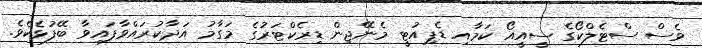
ވެސް ސްޓެލްކޯގެ ސީއީއޯ ކަމާއި ޑެޕިއުޓީ މެނޭޖިން ޑިރެކްޓަރުގެ މަގާމު އަދާކުރައްވާފައިވާ ބޭފުޅެކެވެ.